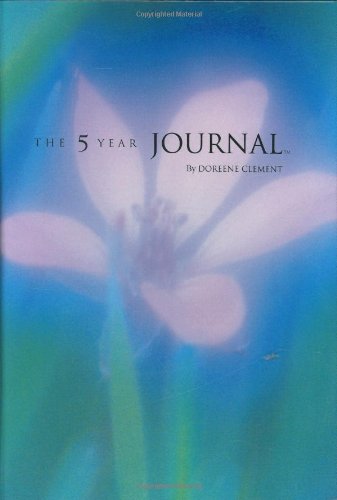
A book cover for The 5 Year Journal; Doreene Clement; Self-Help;